Veterinary [1916] -
Year: 1916
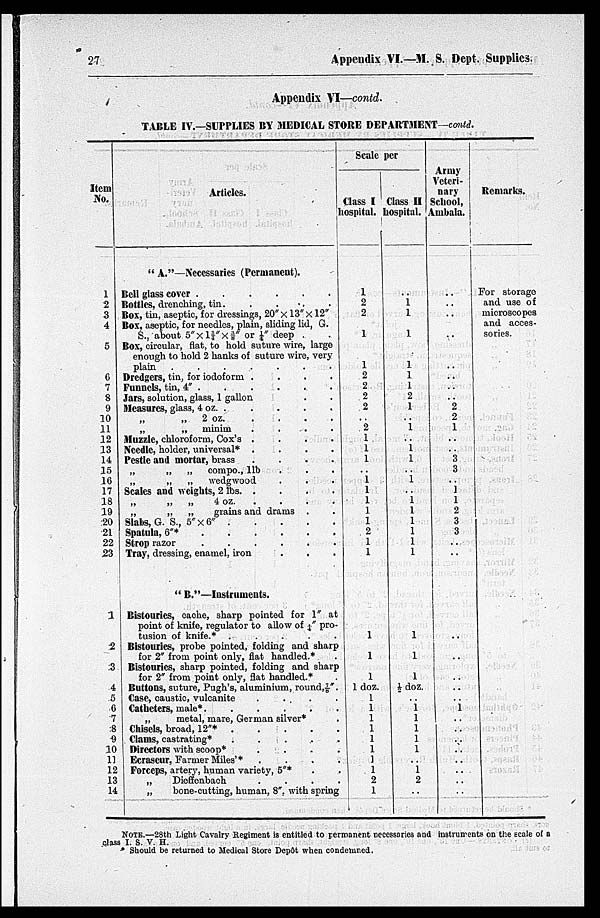
27
Appendix VI.—M. S. Dept. Supplies.
Appendix VI—contd.
TABLE IV.—SUPPLIES BY MEDICAL STORE DEPARTMENT—contd.
Item
No.
1
2
3
4
5
6
7
8
9
10
11
12
13
14
15
16
17
18
19
20
21
22
23
1
2
3
4
5
6
7
8
9
10
11
12
13
14
Articles.
"A."—Necessaries (Permanent).
Bell glass cover
.
.
.
.
.
Bottles, drenching, tin.
.
.
Box, tin, aseptic, for dressings, 20" × 13" × 12"
Box, aseptic, for needles, plain, sliding lid, G.
S., about 5" × 1¾" × ⅜" or ¼" deep . .
Box, circular, flat, to hold suture wire, large
enough to hold 2 hanks of suture wire, very
plain .
.
.
.
.
.
.
Dredgers, tin, for iodoform .
.
.
.
Funnels, tin, 4" . . . .
Jars, solution, glass, 1 gallon . .
Measures, glass, 4 oz. . . . . .
„
2 oz
.
.
.
.
„
„ minim
.
.
.
.
Muzzle, chloroform, Cox's
.
.
.
.
Needle, holder, universal* .
.
.
.
Pestle and mortar, brass
.
.
.
.
„
„
„
compo., 1lb . . .
„
„
„
wedgwood . . .
Scales and weights, 2 lbs
.
.
.
.
„
„
„
4 oz.
. . . .
„
„
„
grains and drams . .
Slabs, G. S., 5" × 6"
.
.
.
.
Spatula, 6"*
.
.
.
.
.
Strop razor
.
.
.
.
.
.
Tray, dressing, enamel, iron . . .
" B."—Instruments.
Bistouries, cache, sharp pointed for 1" at
point of knife, regulator to allow of 4" pro-
tusion of knife.* .
.
.
.
.
Bistouries, probe pointed, folding and sharp
for 2" from point only, flat handled.* .
Bistouries, sharp pointed, folding and sharp
for 2" from point only, flat handled.* .
Buttons, suture, Pugh's, aluminium, round,⅞".
Case, caustic, vulcanite
.
. .
.
Catheters, male*.
.
.
.
. .
„
metal, mare, German silver* .
Chisels, broad, 12"*
.
.
.
.
Clams, castrating*
.
.
.
.
Directors with scoop*
.
.
.
.
Ecraseur, Farmer Miles'* . . . .
Forceps, artery, human variety, 5"* . .
„
Dieffenbach
. . . .
„
bone-cutting, human, 8". with spring
Scale per
Class I
hospital.
1
2
2
1
1
2
2
2
2
..
2
1
1
1
..
1 1
1
1
1
2
1
1
1
1
1
1 doz.
1
1
1
1
1
1
1 1
2
1
Class II
hospital.
..
1
1
1
1
1
1
2
1
..
1
..
1
1
..
1
..
1
1
1
1
1
1
1
1
1
½ doz.
..
1
1
1
1
1
..
1 2
..
Army
Veteri-
nary
School,
Ambala.
..
..
..
..
..
..
..
..
2
2
1
..
..
3
3
..
1
1
2
3
3
..
..
..
..
..
..
..
1
..
..
..
..
..
..
..
..
Remarks.
For storage
and use of
microscopes
and acces
sories.
NOTE.—28th Light Cavalry Regiment is entitled to permanent necessaries and instruments on the scale of a
class I. S. V. H.
* Should be returned to Medical Store Depôt when condemned.